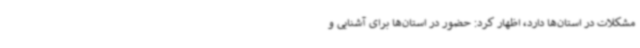
مشکلات در استان‌ها دارد، اظهار کرد: حضور در استان‌ها برای آشنایی و